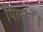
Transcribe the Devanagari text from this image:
पिलाएँ।